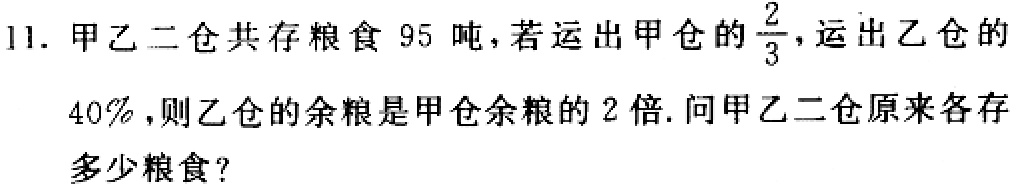
11. 甲乙二仓共存粮食 95 吨，若运出甲仓的$\frac{2}{3}$，运出乙仓的
40%，则乙仓的余粮是甲仓余粮的 2 倍. 问甲乙二仓原来各存
多少粮食？